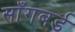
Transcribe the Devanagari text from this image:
साँगबर्ड